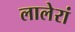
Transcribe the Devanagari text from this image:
लालेरां